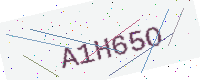
Text: A1H65O